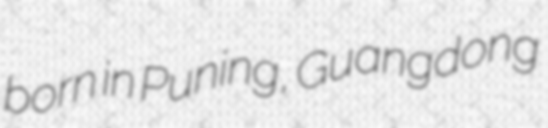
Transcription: born in Puning, Guangdong